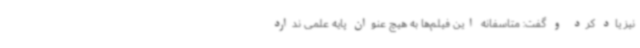
نیز یاد کرد و گفت: متاسفانه این فیلم‌ها به هیچ عنوان پایه علمی ندارد